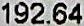
192.64